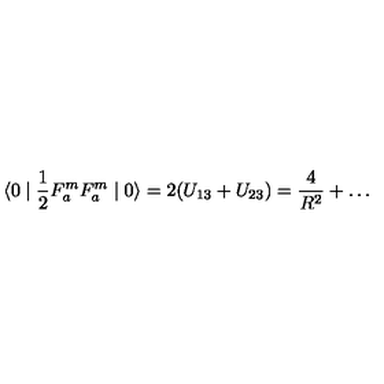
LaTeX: \langle 0 \mid \frac { 1 } { 2 } F _ { a } ^ { m } F _ { a } ^ { m } \mid 0 \rangle = 2 ( U _ { 1 3 } + U _ { 2 3 } ) = \frac { 4 } { R ^ { 2 } } + \ldots